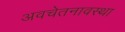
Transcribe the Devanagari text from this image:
अवचेतनावस्था